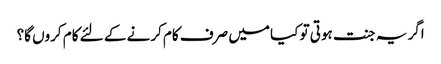
اگر یہ جنت ہوتی تو کیا میں صرف کام کرنے کے لئے کام کروں گا؟